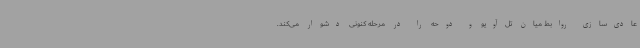
عادی‌سازی روابط میان تل‌آویو و دوحه را در مرحله کنونی دشوار می‌کند.